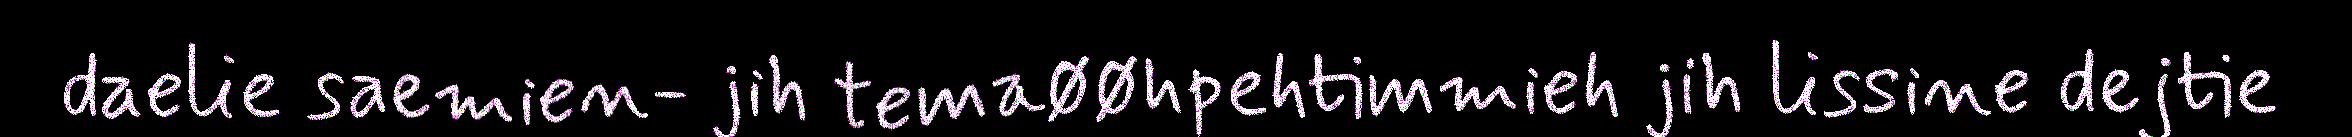
daelie saemien- jih temaøøhpehtimmieh jih lissine dejtie